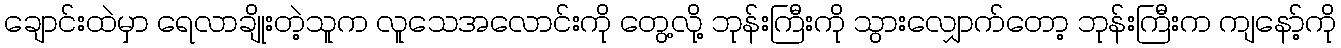
ချောင်းထဲမှာ ရေလာချိုးတဲ့သူက လူသေအလောင်းကို တွေ့လို့ ဘုန်းကြီးကို သွားလျှောက်တော့ ဘုန်းကြီးက ကျနော့်ကို